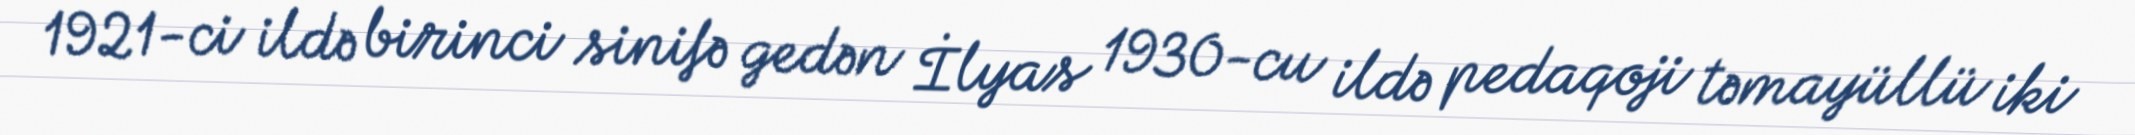
1921-ci ildə birinci sinifə gedən İlyas 1930-cu ildə pedaqoji təmayüllü iki